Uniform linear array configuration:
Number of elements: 48
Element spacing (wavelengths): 0.5
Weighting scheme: exponential
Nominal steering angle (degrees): -60
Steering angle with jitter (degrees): -58.563
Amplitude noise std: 0.05
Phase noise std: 0.05

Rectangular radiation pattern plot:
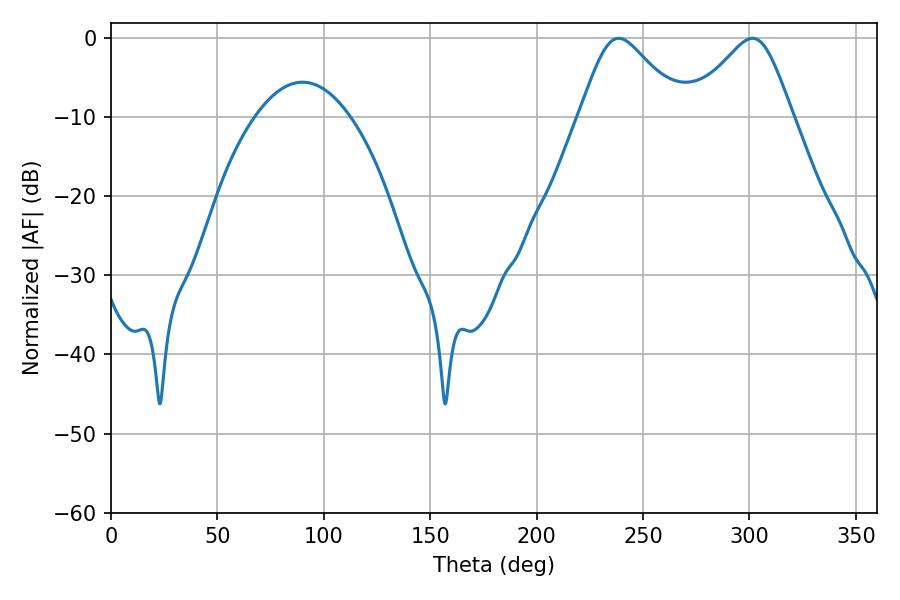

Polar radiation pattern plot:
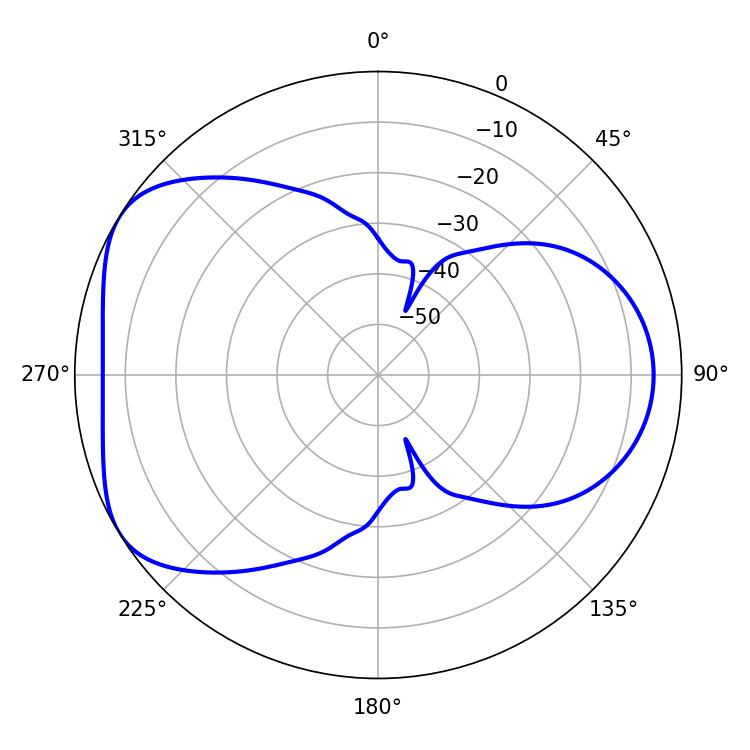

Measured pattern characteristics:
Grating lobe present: FALSE
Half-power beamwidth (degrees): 23.4
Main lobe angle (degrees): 238.5